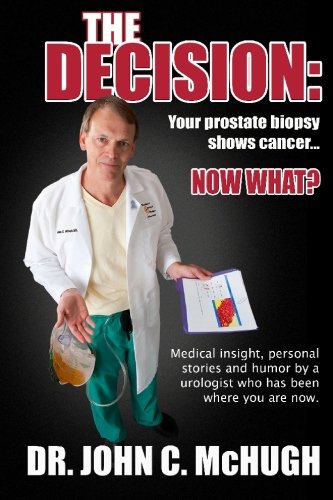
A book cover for The Decision: Your prostate biopsy shows cancer. Now what?: Medical insight, personal stories, and humor by a urologist who has been where you are now.; John C. McHugh M.D.; Humor & Entertainment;